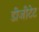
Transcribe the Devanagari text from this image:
डीजीटेट